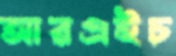
আরএইচ